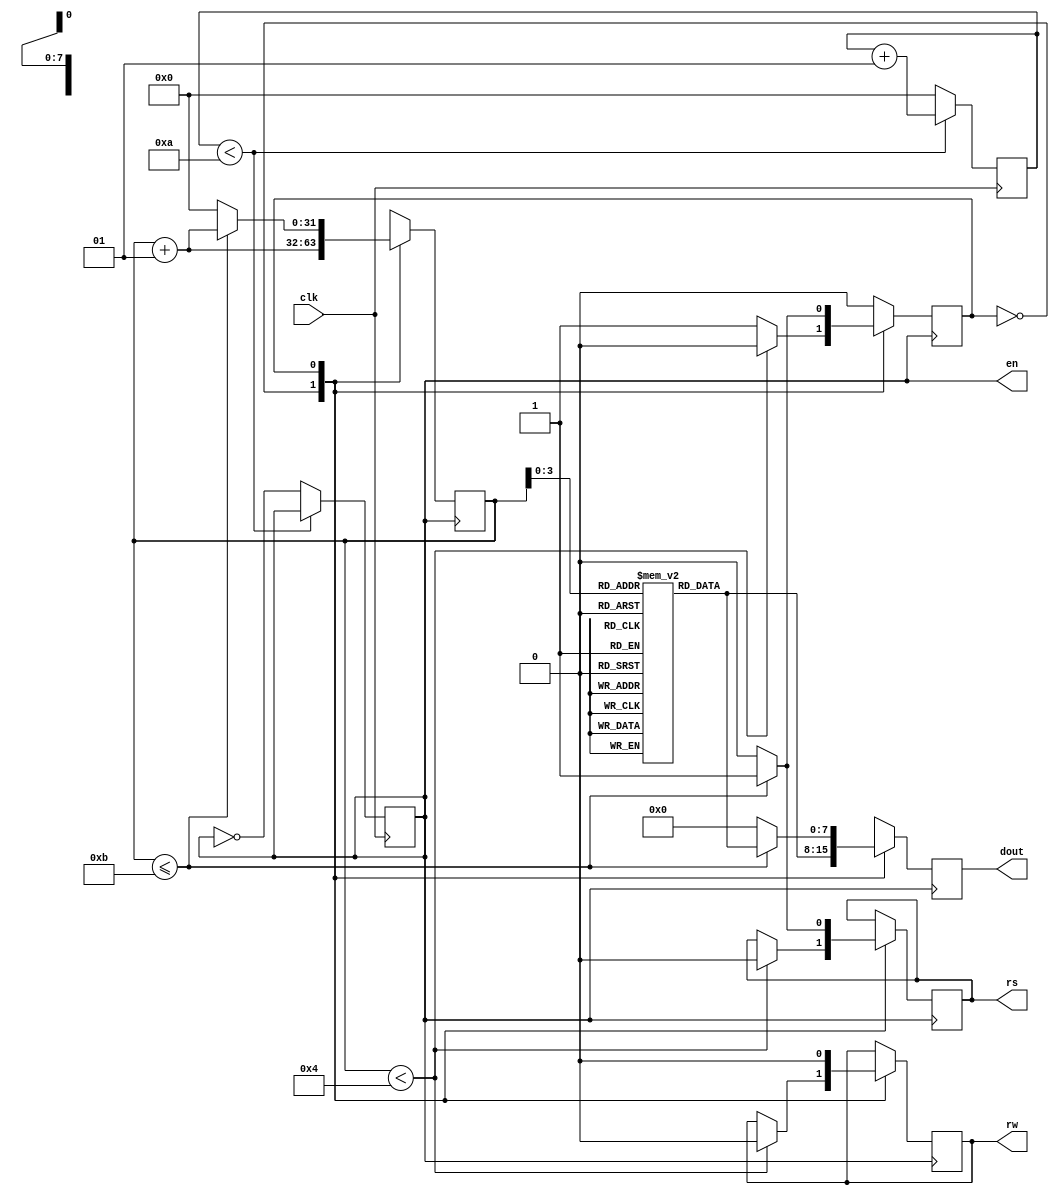
`timescale 1ns / 1ps
 
 
module lcd(
   input clk, 
   output reg rs, rw, 
   output en,
   output reg [7:0] dout
    );
 
integer count = 0;
integer  i = 0;
 
parameter send_cmd  = 0;
parameter send_data = 1;
reg state = send_cmd;
 
reg [7:0] data [11:0];
reg ent = 0;
 
initial begin
 
///////////command for LCD , rs = 0
data[0] <= 8'h38; /////2 Lines 5 x 7 matrix
data[1] <= 8'h01; /////CLEAR DISPLAY
data[2] <= 8'h0E;// Display On Cursor Blinking
data[3] <= 8'h06; ////increment cursor from left to right
data[4] <= 8'h80;///// force cursor from beginning of first line
 
////////Data for LCD, rs = 1
data[5]  <= 8'h76; /////ascii value for v
data[6]  <= 8'h65;  ///e
data[7]  <= 8'h72;  ///r
data[8]  <= 8'h69; ///i
data[9]  <= 8'h6c; ///l
data[10] <= 8'h6f; /// o
data[11] <= 8'h67; ///g
end
 
 
always@(posedge clk)
begin
if(count < 10)  ///clk = 100 MHz count = 1000000
   count <= count + 1;
else
   begin
   count <= 0;
   ent <= ~ent;
   end
end
 
 
always@(posedge ent)
begin
case(state)
send_cmd : 
begin
  if(i < 4) 
   begin
    rs <= 1'b0;
    rw <= 1'b0;
    dout <= data[i];
    i <= i + 1;
   end
  else
    begin
    state <= send_data;
    dout <= data[i];
    i <= i + 1;
    end
end
 
send_data : 
begin
  if(i <= 11)
   begin
    rs   <= 1'b1;
    rw   <= 1'b0; 
    dout <= data[i];
    i <= i + 1; 
   end
 else
   begin
   i <= 0;
   state <= send_cmd;
   rs    <= 1'b0;
   rw    <= 1'b0;
   dout  <= 8'h00;
   end
end
 
endcase
 
end
 
assign en = ent;
endmodule